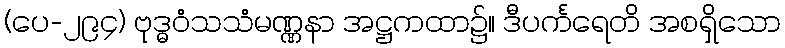
(ပေ-၂၉၄) ဗုဒ္ဓဝံသသံမဏ္ဏနာ အဋ္ဌကထာ၌။ ဒီပင်္ကရေတိ အစရှိသော